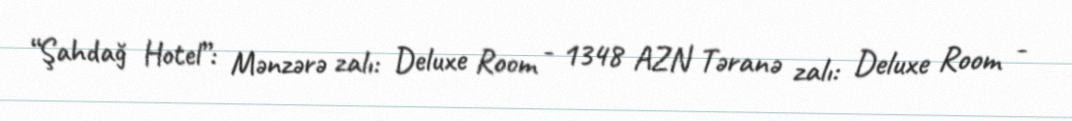
“Şahdağ Hotel”: Mənzərə zalı: Deluxe Room - 1348 AZN Təranə zalı: Deluxe Room -